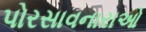
પોરસાવનારાઓ